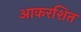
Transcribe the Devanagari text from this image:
आकरशित